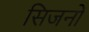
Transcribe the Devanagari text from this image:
सिजनों